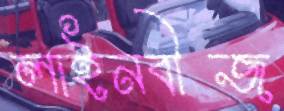
লাইনবীজ